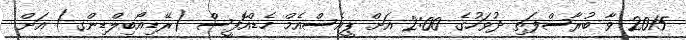
2015 ވާ ބުރާސްފަތި ދުވަހުގެ 2:00 އަށް ޕީއެސްއެމް ހެޑްއޮފީސް (ރޭޑިއޯބިލްޑިންގ) އަށް